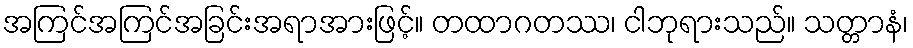
အကြင်အကြင်အခြင်းအရာအားဖြင့်။ တထာဂတဿ၊ ငါဘုရားသည်။ သတ္တာနံ၊